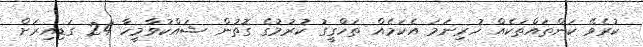
ކުރެވޭ ކަންތައްތަކެއް ހުރިނަމަ އެކަމެއް ތަހްގީގު ކުރުމުގެ ގޮތުން ޝައްކުވާމީހާ 24 ގަޑިއިރަށް